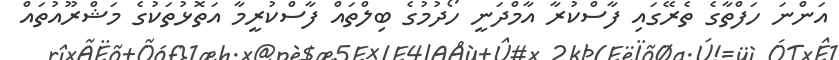
އަންނަ ހަފްތާގެ ތެރޭގައި ފާސްކުރާ އާމްދަނީ ހޯދުމުގެ ބިލްތައް ފާސްކުރީމާ އަތޮޅުތަކުގެ މަޝްރޫއުތައް